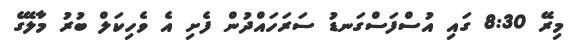
މިރޭ 8:30 ގައި އުސްފަސްގަނޑު ސަރަހައްދުން ފެށި އެ ވެހިކަލް ބުރު މާލޭގެ